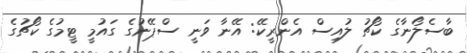
ބާސެލޯނާގެ ކޯޗު ލުއިސް އެންރީކޭ: އޭނާ ވަނީ ސްޕޭނުގެ ގައުމީ ޓީމުގެ ކޯޗުގެ